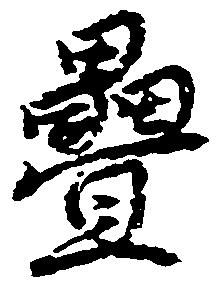
畳